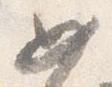
如